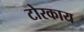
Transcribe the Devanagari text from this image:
टोरकाय